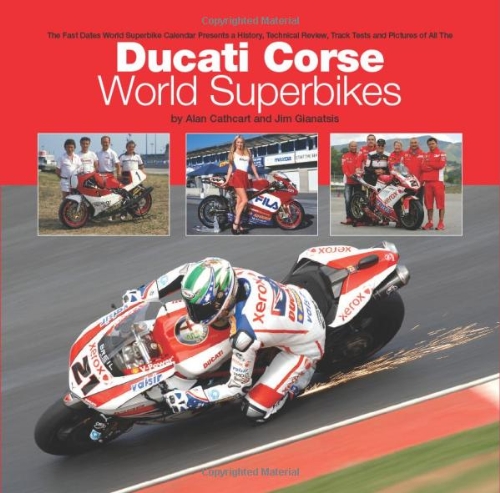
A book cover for Ducati Corse World Superbikes; Alan Cathcart; Sports & Outdoors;